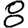
Digit: 8